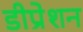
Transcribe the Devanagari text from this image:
डीप्रेशन